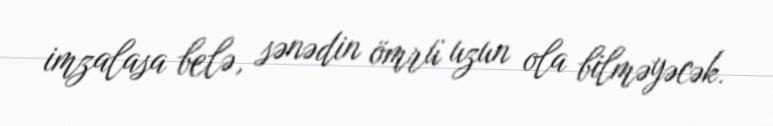
imzalasa belə, sənədin ömrü uzun ola bilməyəcək.